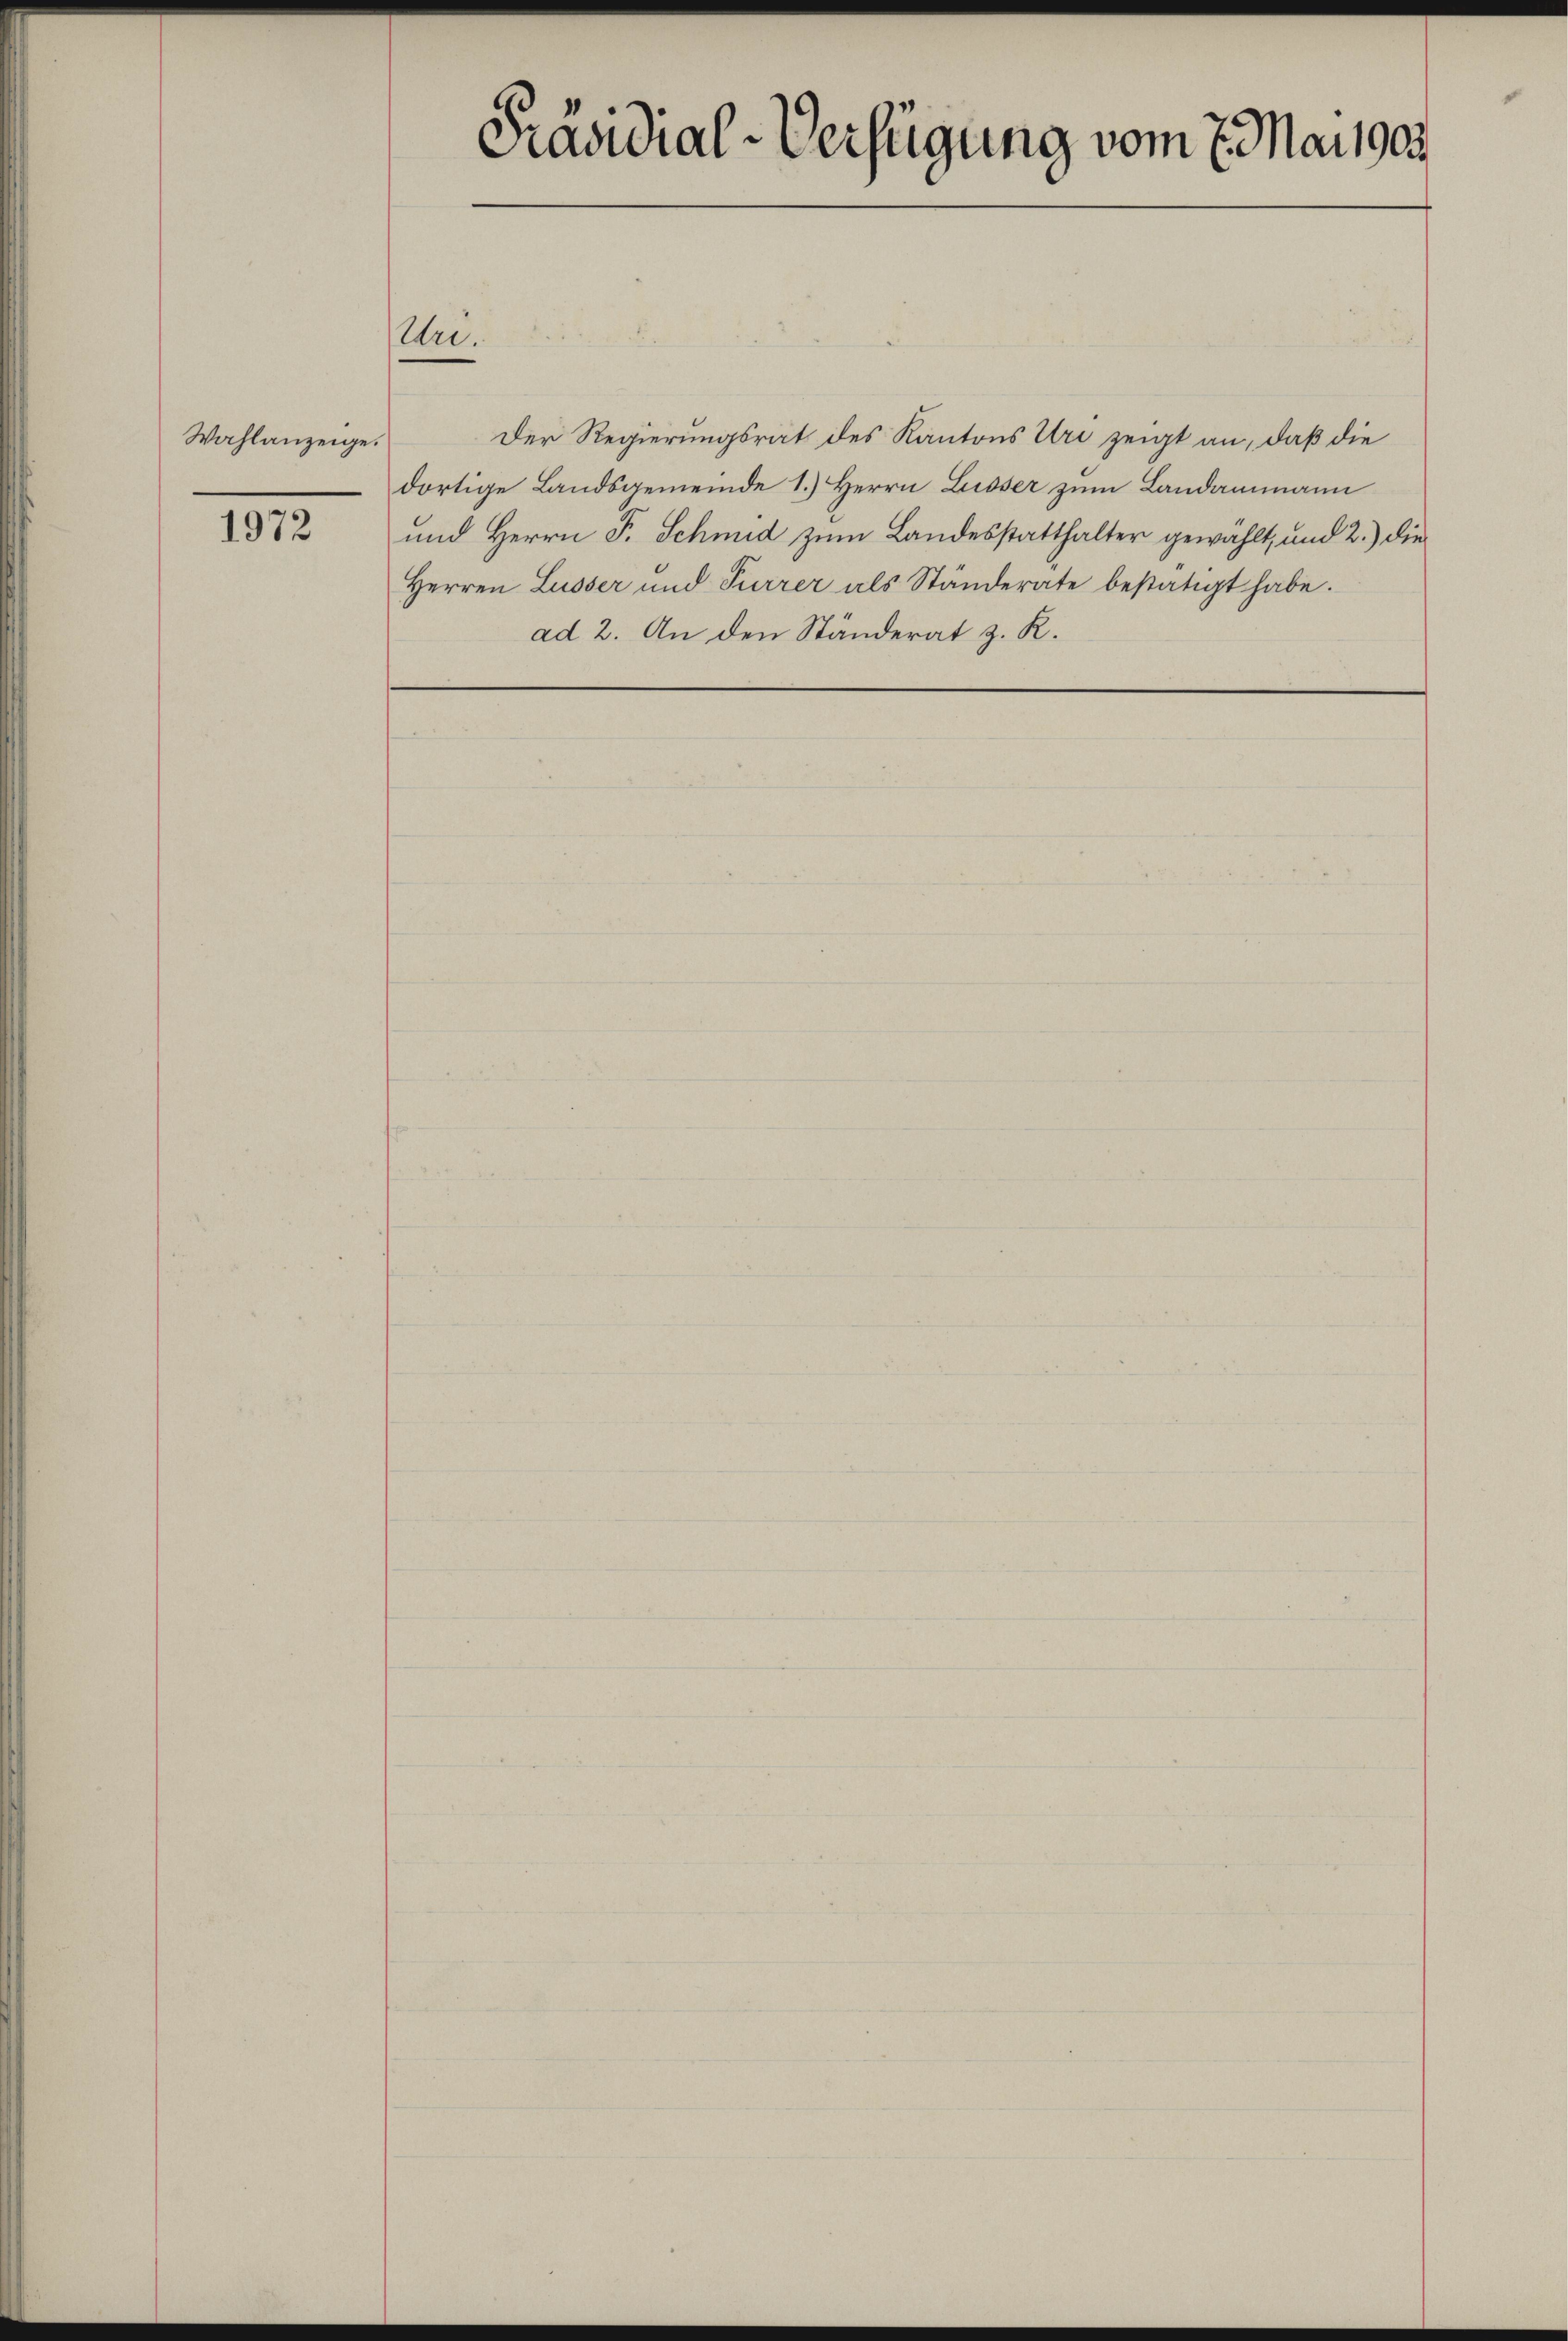
Wahlanzeige.

1972

Uri.

Präsidial-Verfügung vom 7. Mai 1905.

Der Regierungsrat des Kantons Uri zeigt an, daß die
dortige Landsgemeinde 1.) Herrn Luisser zum Landammann
und Herrn F. Schmid zum Landesstatthalter gewählt, und 2.) die
Herren Lusser und Furrer als Ständerate bestätigt habe.
ad 2. An den Ständerat z. K.